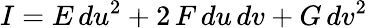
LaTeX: I=E\, du^{2}+2\, F\, du\, dv+G\, dv^{2}